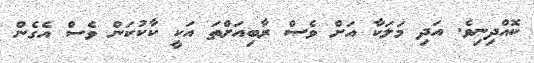
ކޮއްދިނިވެ. އަދި މަލަކާ އަށް ވެސް ރާބިއަށްތަ އަކީ ކާކުކަން ވެސް އެގެން